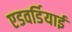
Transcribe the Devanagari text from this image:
एडवर्डियाई